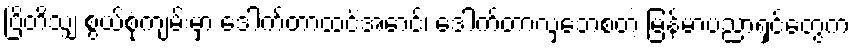
ဗြိတိသျှ စွယ်စုံကျမ်းမှာ ဒေါက်တာထင်အောင်၊ ဒေါက်တာလှဘေစတဲ့ မြန်မာပညာရှင်တွေက